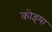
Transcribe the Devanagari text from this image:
कोइया